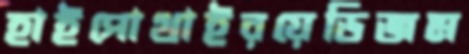
হাইপোথাইরয়েডিজম